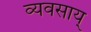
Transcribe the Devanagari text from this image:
व्यवसाय्